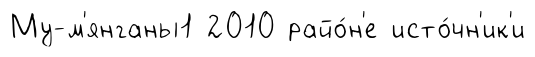
Му-м'янганы1 2010 райо́н'е исто́чн'ик'и